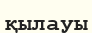
қылауы